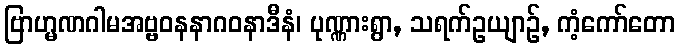
ဗြာဟ္မဏဂါမအဗ္ဗဝနနာဂဝနာဒီနံ၊ ပုဏ္ဏားရွာ, သရက်ဥယျာဉ်, ကံ့ကော်တော